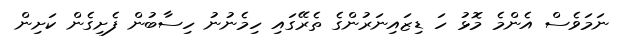
ނަމަވެސް އެންމެ މޮޅު ހަ ޑިޒައިނަރުންގެ ތެރޭގައި ހިމެނުނު ހިސާބުން ފެށިގެން ކަށިން